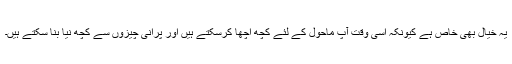
یہ خیال بھی خاص ہے کیونکہ اسی وقت آپ ماحول کے لئے کچھ اچھا کرسکتے ہیں اور پرانی چیزوں سے کچھ نیا بنا سکتے ہیں۔